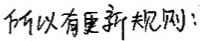
所以有更新规则: